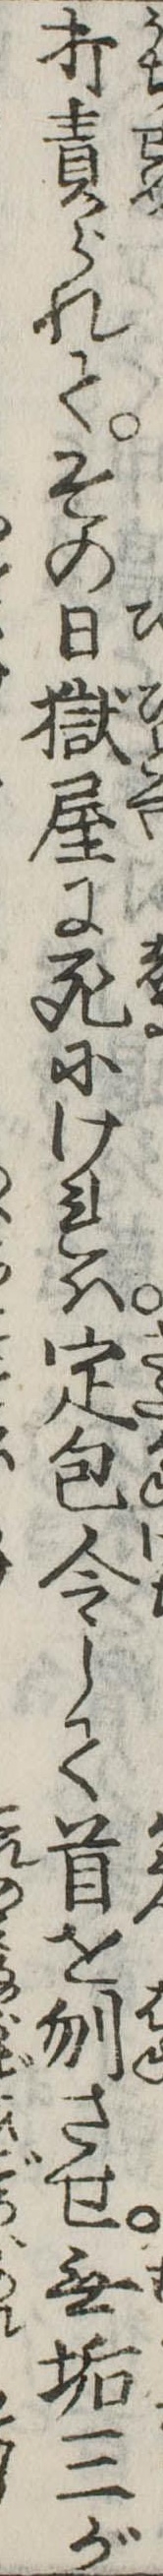
打責られてその日獄屋に死にけれは定包令して首を刎させ無垢三が